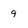
Character: 9